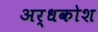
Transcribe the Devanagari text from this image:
अर्धकोश